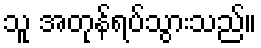
သူ အတုန်ရပ်သွားသည်။